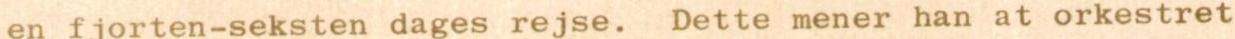
en fjorten-seksten dages rejse. Dette mener han at orkestret